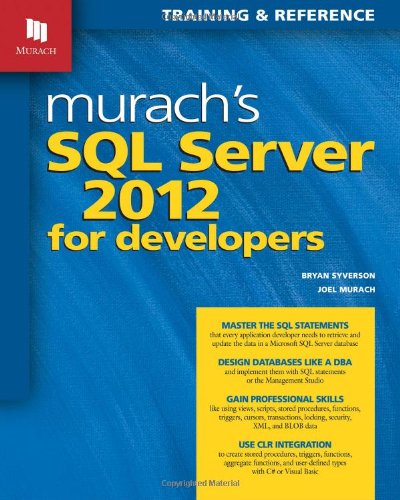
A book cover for Murach's SQL Server 2012 for Developers (Training & Reference); Bryan Syverson; Computers & Technology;